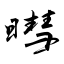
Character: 暳